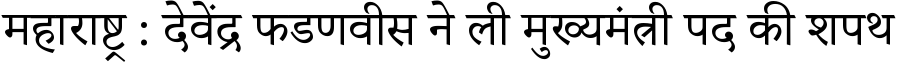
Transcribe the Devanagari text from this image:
महाराष्ट्र : देवेंद्र फडणवीस ने ली मुख्यमंत्री पद की शपथ